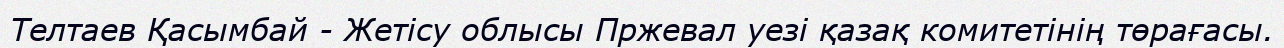
Телтаев Қасымбай - Жетісу облысы Пржевал уезі қазақ комитетінің төрағасы.